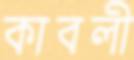
কাবলী